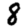
Digit: 8